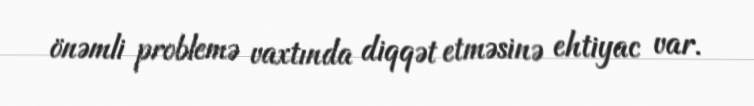
önəmli problemə vaxtında diqqət etməsinə ehtiyac var.